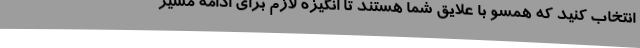
انتخاب کنید که همسو با علایق شما هستند تا انگیزه لازم برای ادامه مسیر